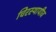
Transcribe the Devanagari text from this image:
चिरस्थायीव